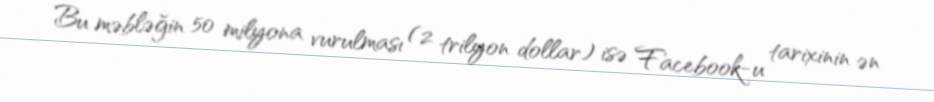
Bu məbləğin 50 milyona vurulması (2 trilyon dollar) isə Facebook-u tarixinin ən